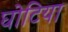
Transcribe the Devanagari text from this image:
घोटिया